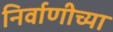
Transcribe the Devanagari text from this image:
निर्वाणीच्या